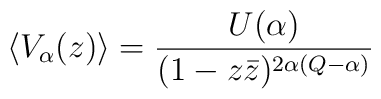
\left\langle V_{\alpha}(z)\right\rangle =\frac{U(\alpha)}{(1-z\bar{z})^{2\alpha(Q-\alpha)}}